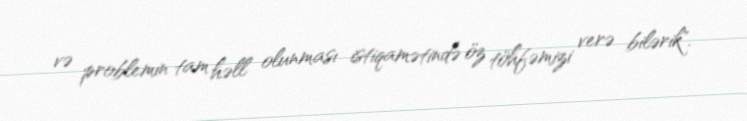
və problemin tam həll olunması istiqamətində öz töhfəmizi verə bilərik".